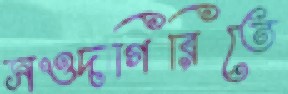
সওদাগিরিতে